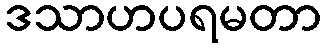
ဒသာဟပရမတာ